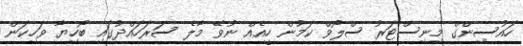
ހައުސިންގް މިނިސްޓަރު ސްލޯވް ކަމުން ހީއެއް ނުވޭ މާލެ ސަރަހައްދުގައި ބޯހިޔާ ވަހިކަން